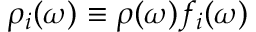
\rho _ { i } ( \omega ) \equiv \rho ( \omega ) f _ { i } ( \omega )